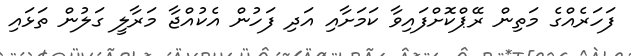
ފަހަރެއްގެ މަތިން ރޭޕްކޮށްފައިވާ ކަމަށާއި އަދި ފަހުން އެކުއްޖާ މަރާލީ ގަލުން ތަޅައި